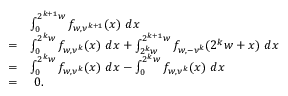
\begin{array} { r l } & { \int _ { 0 } ^ { 2 ^ { k + 1 } w } f _ { w , \nu ^ { k + 1 } } ( x ) \ d x } \\ { = } & { \int _ { 0 } ^ { 2 ^ { k } w } f _ { w , \nu ^ { k } } ( x ) \ d x + \int _ { 2 ^ { k } w } ^ { 2 ^ { k + 1 } w } f _ { w , - \nu ^ { k } } ( 2 ^ { k } w + x ) \ d x } \\ { = } & { \int _ { 0 } ^ { 2 ^ { k } w } f _ { w , \nu ^ { k } } ( x ) \ d x - \int _ { 0 } ^ { 2 ^ { k } w } f _ { w , \nu ^ { k } } ( x ) \ d x } \\ { = } & { \ 0 . } \end{array}